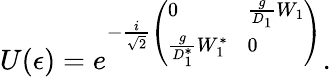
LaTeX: U(\epsilon)=e^{-{\frac{i}{\sqrt{2}}\left(\begin{array}{ll}{{0}}&{{\frac{g}{D_{1}}W_{1}}}\\ {{\frac{g}{D_{1}^{*}}W_{1}^{*}}}&{{0}}\end{array}\right)}}.